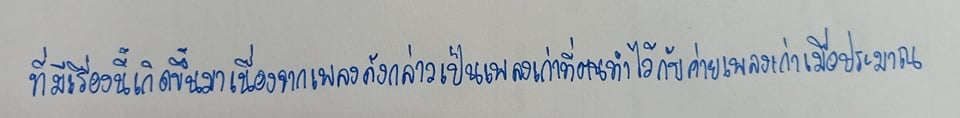
ที่มีเรื่องนี้เกิดขึ้นมาเนื่องจากเพลงดังกล่าวเป็นเพลงเก่าที่ตนทำไว้กับค่ายเพลงเก่าเมื่อประมาณ